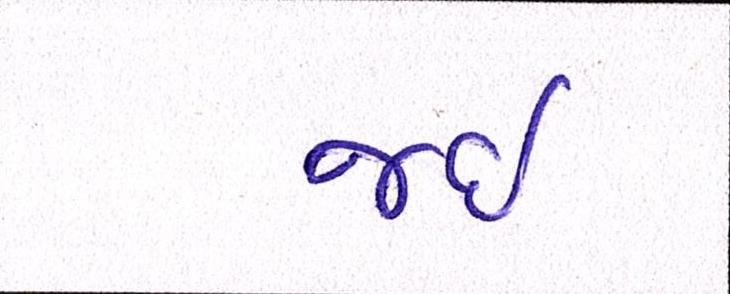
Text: જઈ